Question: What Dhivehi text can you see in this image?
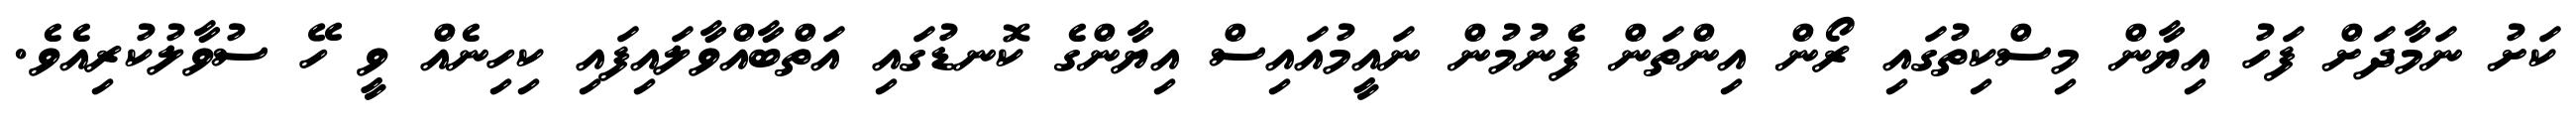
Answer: ކަށު ނަމާދަށް ފަހު އިޔާން މިސްކިތުގައި ރޯން އިންތަން ފެނުމުން ނައީމުއައިސް އިޔާންގެ ކޮނޑުގައި އަތްބާއްވާލައިފައި ކިހިނެއް ވީ ހޭ ސުވާލުކުރިއެވެ.